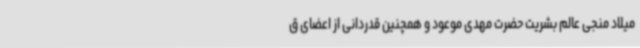
میلاد منجی عالم بشریت حضرت مهدی موعود و همچنین قدردانی از اعضای ق